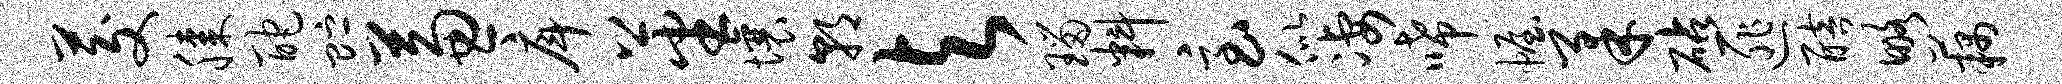
茭膝酡贮兼戽蕃壤朝与瑙料急似凄唏幄柔砧匪醅略藕